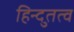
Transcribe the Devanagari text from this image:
हिन्दुतत्व